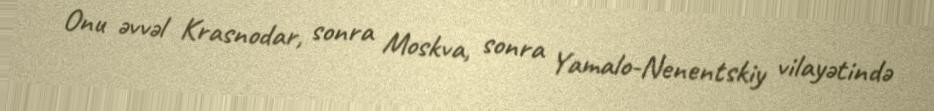
Onu əvvəl Krasnodar, sonra Moskva, sonra Yamalo-Nenentskiy vilayətində